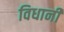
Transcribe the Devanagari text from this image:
विधानी